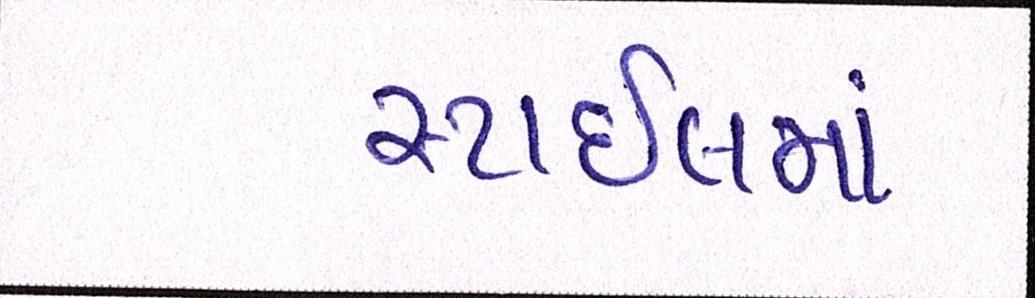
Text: સ્ટાઈલમાં